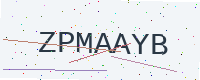
Text: ZPMAAYB